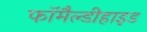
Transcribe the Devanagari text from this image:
फॉमैल्डीहाइड